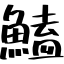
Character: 鰪